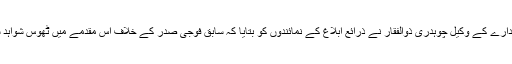
وفاقی تحقیقاتی ادارے کے وکیل چوہدری ذوالفقار نے ذرائع ابلاغ کے نمائندوں کو بتایا کہ سابق فوجی صدر کے خلاف اس مقدمے میں ٹھوس شواہد سامنے آئے ہیں۔